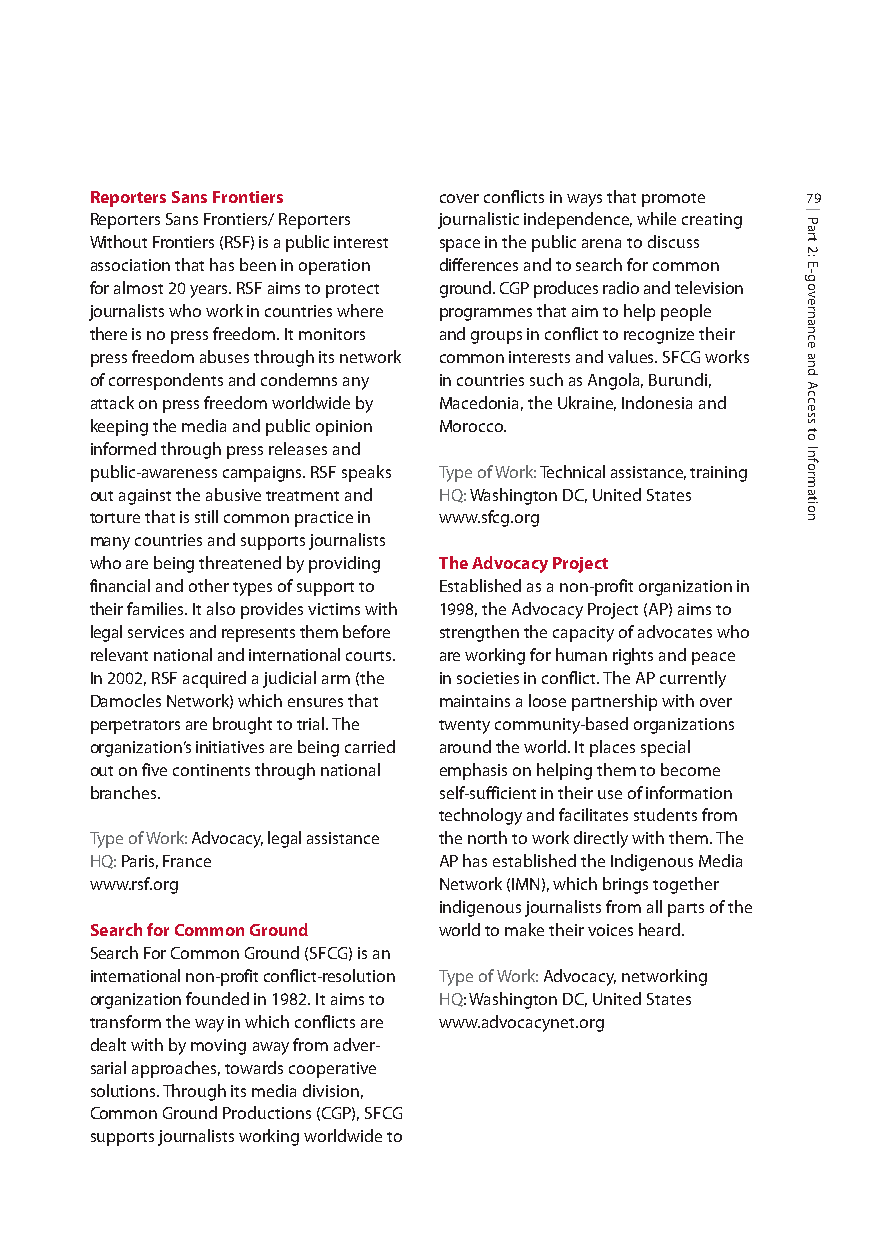
Reporters Sans Frontiers cover conflicts in ways that promote 79
 Reporters Sans Frontiers/ Reporters journalistic independence, while creating
 Without Frontiers (RSF) is a public interest space in the public arena to discuss
 association that has been in operation differences and to search for common
 for almost 20 years. RSF aims to protect ground. CGP produces radio and television
 journalists who work in countries where programmes that aim to help people
 there is no press freedom. It monitors and groups in conflict to recognize their
 press freedom abuses through its network common interests and values. SFCG works
 of correspondents and condemns any in countries such as Angola, Burundi,
 attack on press freedom worldwide by Macedonia, the Ukraine, Indonesia and
 keeping the media and public opinion Morocco.
 informed through press releases and
 public-awareness campaigns. RSF speaks Type of Work: Technical assistance, training
 out against the abusive treatment and HQ:Washington DC, United States
 torture that is still common practice in www.sfcg.org
 many countries and supports journalists
 who are being threatened by providing The Advocacy Project
 financial and other types of support to Established as a non-profit organization in
 their families. It also provides victims with 1998, the Advocacy Project (AP) aims to
 legal services and represents them before strengthen the capacity of advocates who
 relevant national and international courts. are working for human rights and peace
 In 2002, RSF acquired a judicial arm (the in societies in conflict. The AP currently
 Damocles Network) which ensures that maintains a loose partnership with over
 perpetrators are brought to trial. The twenty community-based organizations
 organization’s initiatives are being carried around the world. It places special
 out on five continents through national emphasis on helping them to become
 branches.              self-sufficient in their use of information
 technology and facilitates students from
 Type of Work: Advocacy, legal assistance the north to work directly with them. The
 HQ:Paris, France       AP has established the Indigenous Media
 www.rsf.org            Network (IMN), which brings together
 indigenous journalists from all parts of the
 Search for Common Ground world to make their voices heard.
 Search For Common Ground (SFCG) is an
 international non-profit conflict-resolution Type of Work: Advocacy, networking
 organization founded in 1982. It aims to HQ: Washington DC, United States
 transform the way in which conflicts are www.advocacynet.org
 dealt with by moving away from adver-
 sarial approaches, towards cooperative
 solutions. Through its media division,
 Common Ground Productions (CGP), SFCG
 supports journalists working worldwide to
 Part
 2:
 E-governance
 and
 Access
 to
 Information